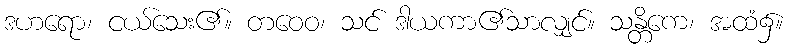
ဒဟရော၊ ငယ်သေး၏။ တဝေဝ၊ သင် ဒါယကာ၏သာလျှင်။ သန္တိကေ၊ အထံ၌။